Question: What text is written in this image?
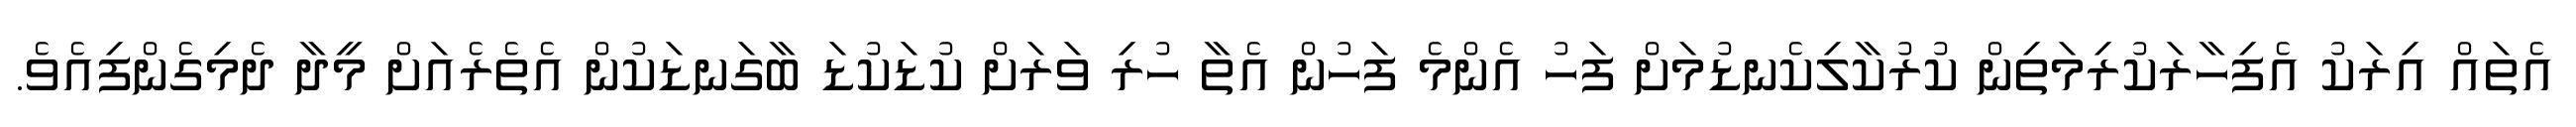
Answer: އެތައް އިރަކު އެފިހާރަކުރިމަތިން ކުރުކާލިކެނޑުމަށް ފަހު އެންމެ ފަހުން އެތާ ހުރި ވަރަށް ކުޑަކުޑަ ބާގަނޑަކުން އެތެރެއަށް މީދާ ދެމިގެންފިއެވެ.